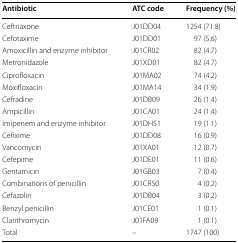
<table><thead><tr><td><b>Antibiotic</b></td><td><b>ATC code</b></td><td><b>Frequency (%)</b></td></tr></thead><tbody><tr><td>Ceftriaxone</td><td>J01DD04</td><td>1254 (71.8)</td></tr><tr><td>Cefotaxime</td><td>J01DD01</td><td>97 (5.6)</td></tr><tr><td>Amoxicillin and enzyme inhibitor</td><td>J01CR02</td><td>82 (4.7)</td></tr><tr><td>Metronidazole</td><td>J01XD01</td><td>82 (4.7)</td></tr><tr><td>Ciprofloxacin</td><td>J01MA02</td><td>74 (4.2)</td></tr><tr><td>Moxifloxacin</td><td>J01MA14</td><td>34 (1.9)</td></tr><tr><td>Cefradine</td><td>J01DB09</td><td>26 (1.4)</td></tr><tr><td>Ampicillin</td><td>J01CA01</td><td>24 (1.4)</td></tr><tr><td>Imipenem and enzyme inhibitor</td><td>J01DH51</td><td>19 (1.1)</td></tr><tr><td>Cefixime</td><td>J01DD08</td><td>16 (0.9)</td></tr><tr><td>Vancomycin</td><td>J01XA01</td><td>12 (0.7)</td></tr><tr><td>Cefepime</td><td>J01DE01</td><td>11 (0.6)</td></tr><tr><td>Gentamicin</td><td>J01GB03</td><td>7 (0.4)</td></tr><tr><td>Combinations of penicillin</td><td>J01CR50</td><td>4 (0.2)</td></tr><tr><td>Cefazolin</td><td>J01DB04</td><td>3 (0.2)</td></tr><tr><td>Benzyl penicillin</td><td>J01CE01</td><td>1 (0.1)</td></tr><tr><td>Clarithromycin</td><td>J01FA09</td><td>1 (0.1)</td></tr><tr><td>Total</td><td>–</td><td>1747 (100)</td></tr></tbody></table>